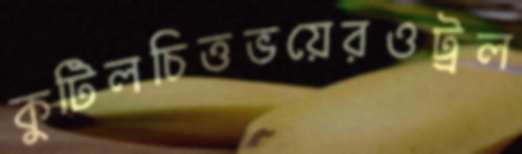
কুটিলচিত্তভয়েরওট্রল